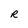
Character: R